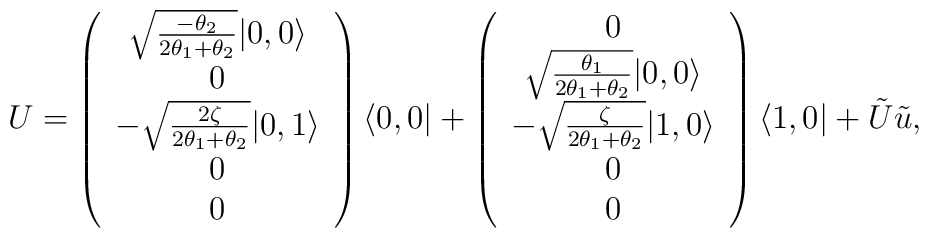
U=\left(\begin{array}{c} \sqrt{\frac{-\theta_2}{2\theta_1+\theta_2}}|0,0\rangle \\ 0 \\ -\sqrt{\frac{2\zeta}{2\theta_1+\theta_2}}|0,1\rangle \\ 0 \\ 0 \end{array}\right)\langle 0,0|+\left(\begin{array}{c} 0 \\ \sqrt{\frac{\theta_1}{2\theta_1+\theta_2}}|0,0\rangle \\ -\sqrt{\frac{\zeta}{2\theta_1+\theta_2}}|1,0\rangle \\ 0 \\ 0 \end{array}\right)\langle 1,0|+\tilde{U}\tilde{u},